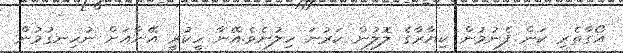
އޯގާތެރި ކަން ފެނުމުން ކިޔާރާގެ ލޮލުން ކަރުނަ ހިލުނެވެ.އޭނާ ހީކުރީ އޭނާއަށް ނުހިނގުމުން